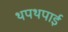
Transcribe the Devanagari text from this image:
थपथपाई